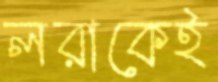
লরাকেই